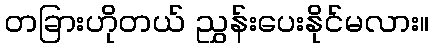
တခြားဟိုတယ် ညွှန်းပေးနိုင်မလား။